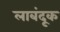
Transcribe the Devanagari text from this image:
लाबंदूक